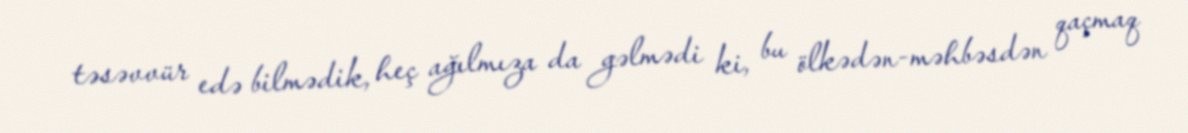
təsəvvür edə bilmədik, heç ağılmıza da gəlmədi ki, bu ölkədən-məhbəsdən qaçmaq